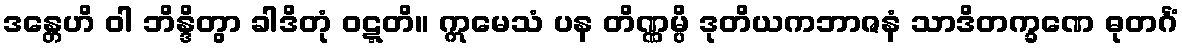
ဒန္တေဟိ ဝါ ဘိန္ဒိတွာ ခါဒိတုံ ဝဋ္ဋတိ။ ဣမေသံ ပန တိဏ္ဏမ္ပိ ဒုတိယကဘာဇနံ သာဒိတက္ခဏေ ဓုတင်္ဂံ